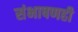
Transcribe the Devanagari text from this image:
संभाषणही